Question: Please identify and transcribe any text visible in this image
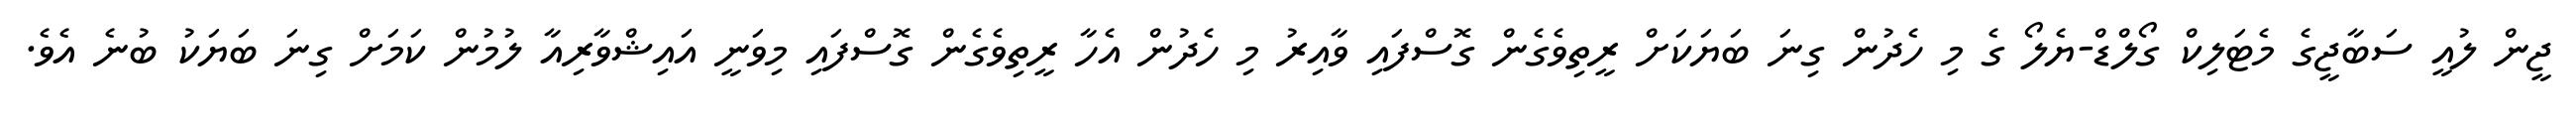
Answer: ޖީން ލުއީ ސަބާޖީގެ މެޓަލިކް ގޯލްޑް-ޔެލޯ ގެ މި ހެދުން ގިނަ ބަޔަކަށް ރީތިވެގެން ގޮސްފައި ވާއިރު މި ހެދުން އެހާ ރީތިވެގެން ގޮސްފައި މިވަނީ އައިޝްވާރިއާ ލުމުން ކަމަށް ގިނަ ބަޔަކު ބުނެ އެވެ.